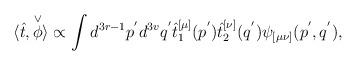
LaTeX: \begin{align*}\langle\hat{t},\stackrel{\vee}{\phi}\rangle\propto\int d^{3r-1}p^{'} d^{3v}q^{'}\hat{t}_1^{[\mu]}(p^{'})\hat{t}_2^{[\nu]}(q^{'})\psi_{[\mu\nu]}(p^{'},q^{'}),\end{align*}